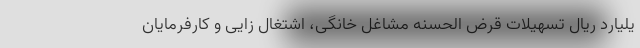
یلیارد ریال تسهیلات قرض الحسنه مشاغل خانگی، اشتغال زایی و کارفرمایان